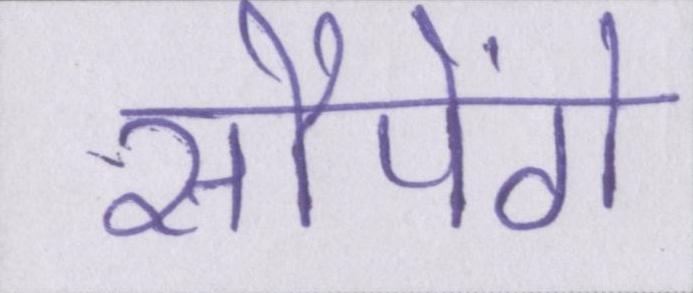
सौपेंगे